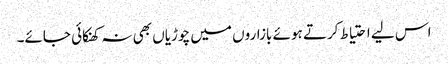
اس لیے احتیاط کرتے ہوئے بازاروں میں چوڑیاں بھی نہ کھنکائی جائے۔